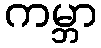
ကမ္ဘာ